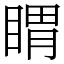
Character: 䁌